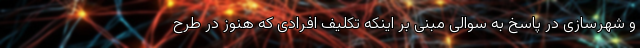
و شهرسازی در پاسخ به سوالی مبنی بر اینکه تکلیف افرادی که هنوز در طرح